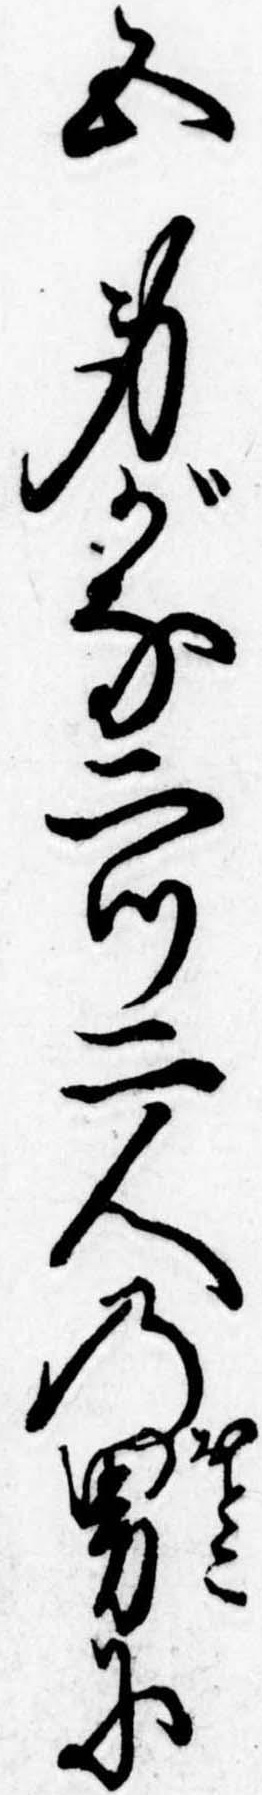
五身がな二つ二人の男に